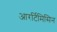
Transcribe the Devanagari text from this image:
आरर्टिमिसिन